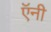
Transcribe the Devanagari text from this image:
ऍनी